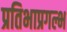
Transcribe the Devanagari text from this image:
प्रतिभाप्रगल्भ